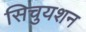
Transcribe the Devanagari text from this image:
सिचुयशन